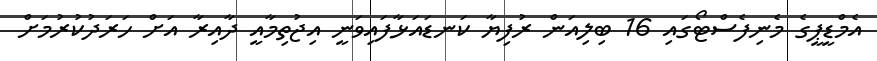
އެމްޑީޕީގެ މެނިފެސްޓޯގައި 16 ބިލިއަން ރުފިޔާ ކަނޑައަޅާފައިވަނީ އިޖުތިމާއީ ދާއިރާ އަށް ހަރަދުކުރުމަށް